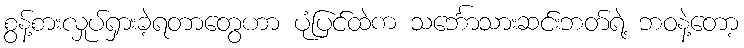
စွန့်စားလှုပ်ရှားခဲ့ရတာတွေဟာ ပုံပြင်ထဲက သင်္ဘောသားဆင်းဘတ်ရဲ့ ဘဝနဲ့တော့